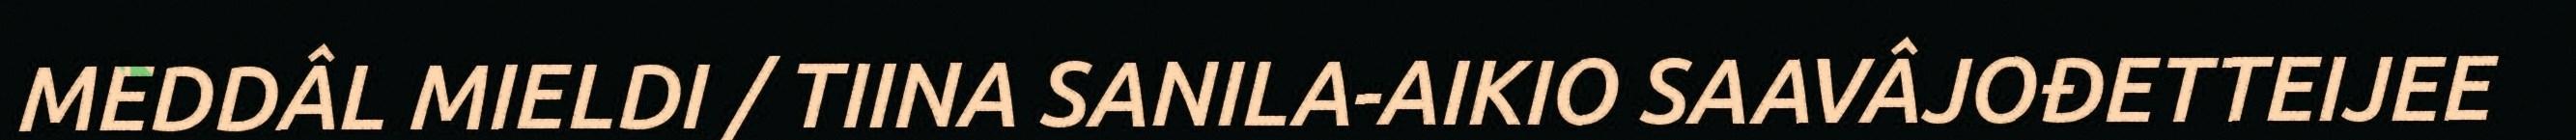
MEDDÂL MIELDI / TIINA SANILA-AIKIO SAAVÂJOĐETTEIJEE